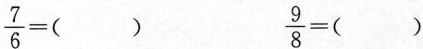
$$\frac{7}{6} = ( )$$$$\frac{9}{8} = ( )$$